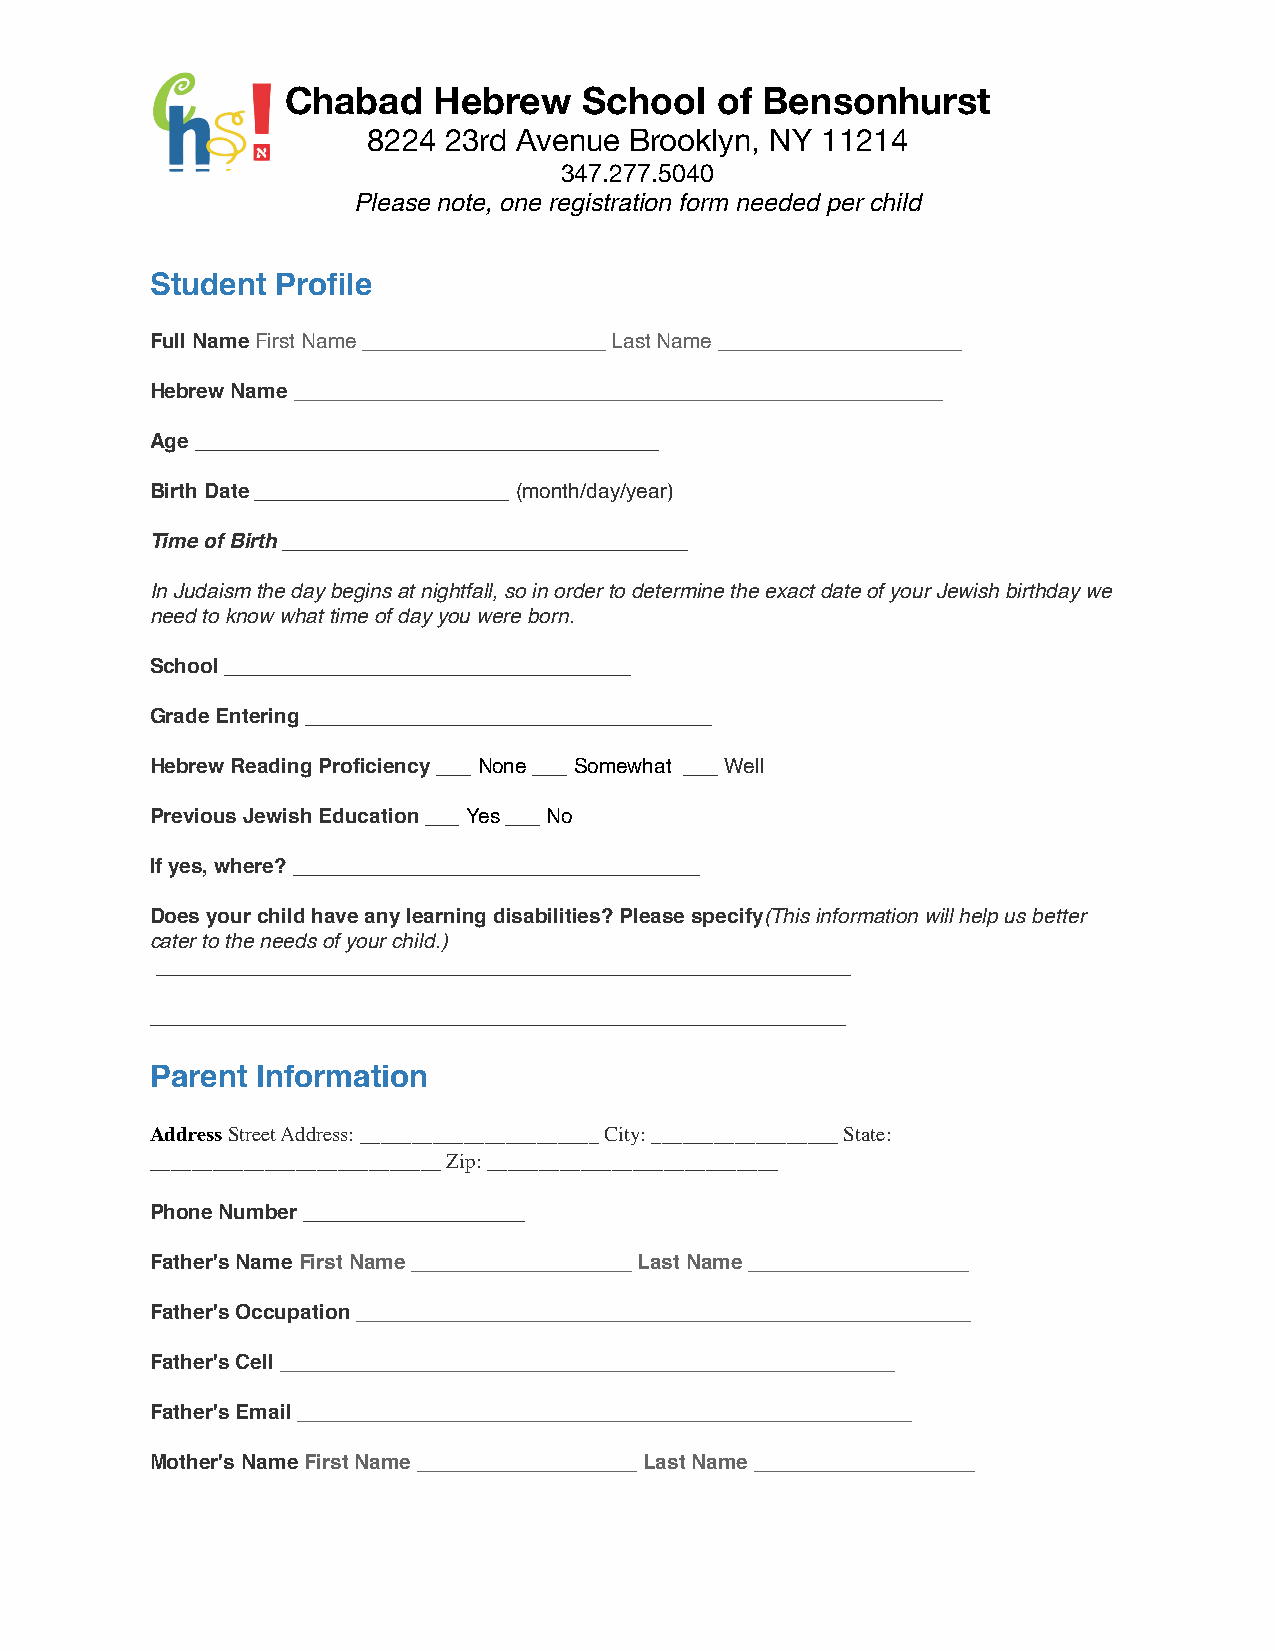
Chabad    Hebrew    School  of Bensonhurst
 8224 23rd Avenue  Brooklyn, NY 11214
 347.277.5040
 Please note, one registration form needed per child
 Student Profile
 Full Name First Name _____________________ Last Name _____________________
 Hebrew Name ________________________________________________________
 Age ________________________________________
 Birth Date ______________________ (month/day/year)
 Time of Birth ___________________________________
 In Judaism the day begins at nightfall, so in order to determine the exact date of your Jewish birthday we
 need to know what time of day you were born.
 School ___________________________________
 Grade Entering ___________________________________
 Hebrew Reading Proficiency ___ None ___ Somewhat ___ Well
 Previous Jewish Education ___ Yes ___ No
 If yes, where? ___________________________________
 Does your child have any learning disabilities? Please specify(This information will help us better
 cater to the needs of your child.)
 ____________________________________________________________
 ____________________________________________________________
 Parent Information
 Address Street Address: _______________________ City: __________________ State:
 ____________________________ Zip: ____________________________
 Phone Number ___________________
 Father's Name First Name ___________________ Last Name ___________________
 Father's Occupation _____________________________________________________
 Father's Cell _____________________________________________________
 Father's Email _____________________________________________________
 Mother's Name First Name ___________________ Last Name ___________________